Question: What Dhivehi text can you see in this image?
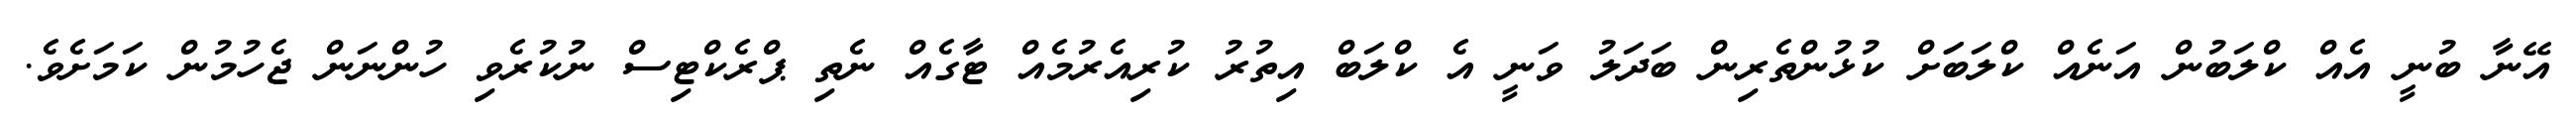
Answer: އޭނާ ބުނީ އެއް ކްލަބުން އަނެއް ކްލަބަަށް ކުޅުންތެރިން ބަދަލު ވަނީ އެ ކްލަބް އިތުރު ކުރިއެރުމެއް ޓާގެއް ނެތި ޕްރެކްޓިސް ނުކުރެވި ހުންނަން ޖެހުމުން ކަމަށެވެ.